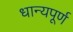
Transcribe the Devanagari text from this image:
धान्यपूर्ण